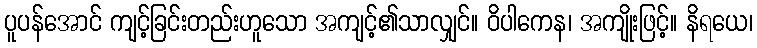
ပူပန်အောင် ကျင့်ခြင်းတည်းဟူသော အကျင့်၏သာလျှင်။ ဝိပါကေန၊ အကျိုးဖြင့်။ နိရယေ၊